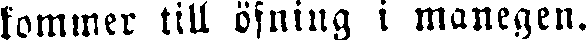
kommer till öfning i manegen.